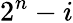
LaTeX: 2^{n}-i